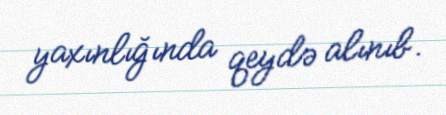
yaxınlığında qeydə alınıb.